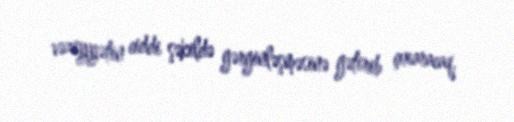
vəziyyətin ciddi şəkildə gərginləşməsinə gətirib çıxaracaq.